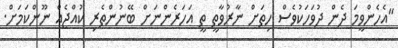
"އެހެންވީމަ ދެން ދުވަހަކުވެސް ހިތަށް ނާރުވާތީ ތީ އަހަރެންނަށް ބޭނުންތެރި ކުއްޖެއް ނޫންކަމަށް.